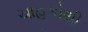
ચાહકોથી